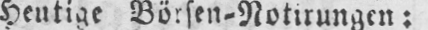
heutige Börsen-Notirungen: